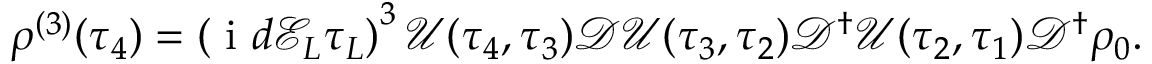
\rho ^ { ( 3 ) } ( \tau _ { 4 } ) = \left( \ensuremath { \mathrm { ~ i ~ } } d \mathcal { E } _ { L } \tau _ { L } \right) ^ { 3 } \mathscr { U } ( \tau _ { 4 } , \tau _ { 3 } ) \mathscr { D } \mathscr { U } ( \tau _ { 3 } , \tau _ { 2 } ) \mathscr { D } ^ { \dagger } \mathscr { U } ( \tau _ { 2 } , \tau _ { 1 } ) \mathscr { D } ^ { \dagger } \rho _ { 0 } .